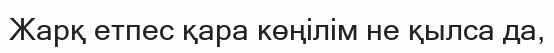
Жарқ етпес қара көңілім не қылса да,